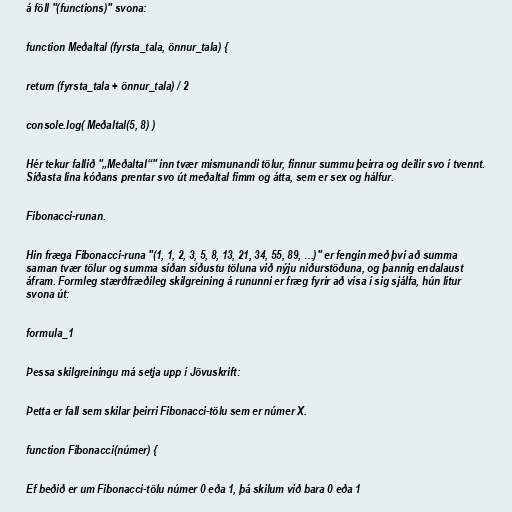
á föll "(functions)" svona:

function Meðaltal (fyrsta_tala, önnur_tala) {

return (fyrsta_tala + önnur_tala) / 2

console.log( Meðaltal(5, 8) )

Hér tekur fallið "„Meðaltal“" inn tvær mismunandi tölur, finnur summu þeirra og deilir svo í tvennt.
Síðasta lína kóðans prentar svo út meðaltal fimm og átta, sem er sex og hálfur.

Fibonacci-runan.

Hin fræga Fibonacci-runa "(1, 1, 2, 3, 5, 8, 13, 21, 34, 55, 89, …)" er fengin með því að summa
saman tvær tölur og summa síðan síðustu töluna við nýju niðurstöðuna, og þannig endalaust
áfram. Formleg stærðfræðileg skilgreining á rununni er fræg fyrir að vísa í sig sjálfa, hún lítur
svona út:

formula_1

Þessa skilgreiningu má setja upp í Jövuskrift:

Þetta er fall sem skilar þeirri Fibonacci-tölu sem er númer X.

function Fibonacci(númer) {

Ef beðið er um Fibonacci-tölu númer 0 eða 1, þá skilum við bara 0 eða 1